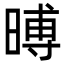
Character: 㬍